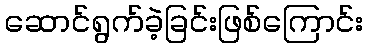
ဆောင်ရွက်ခဲ့ခြင်းဖြစ်ကြောင်း